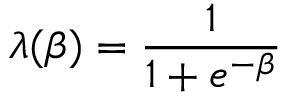
\lambda ( \beta ) = \frac { 1 } { 1 + e ^ { - \beta } }